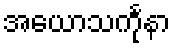
အယောသင်္ကုနာ